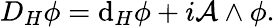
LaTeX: D_{H}\phi=\mathrm{d}_{H}\phi+i{\mathcal{A}}\wedge\phi.